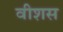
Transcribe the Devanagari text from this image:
वीशस